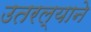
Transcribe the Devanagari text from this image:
उतरल्याने